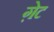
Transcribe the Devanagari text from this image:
ग़ेट